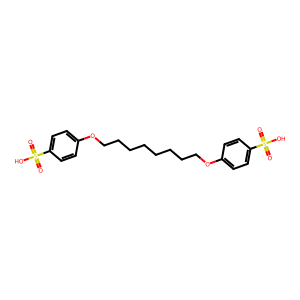
SMILES: O=S(=O)(O)c1ccc(OCCCCCCCCOc2ccc(S(=O)(=O)O)cc2)cc1
Inhibits HIV replication: No